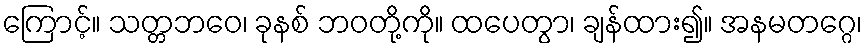
ကြောင့်။ သတ္တဘဝေ၊ ခုနစ် ဘဝတို့ကို။ ထပေတွာ၊ ချန်ထား၍။ အနမတဂ္ဂေ၊